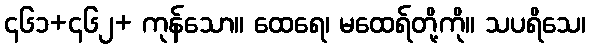
၄၆၁+၄၆၂+ ကုန်သော။ ထေရေ၊ မထေရ်တို့ကို။ သပရိသေ၊